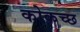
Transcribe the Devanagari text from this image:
कोकच्छ